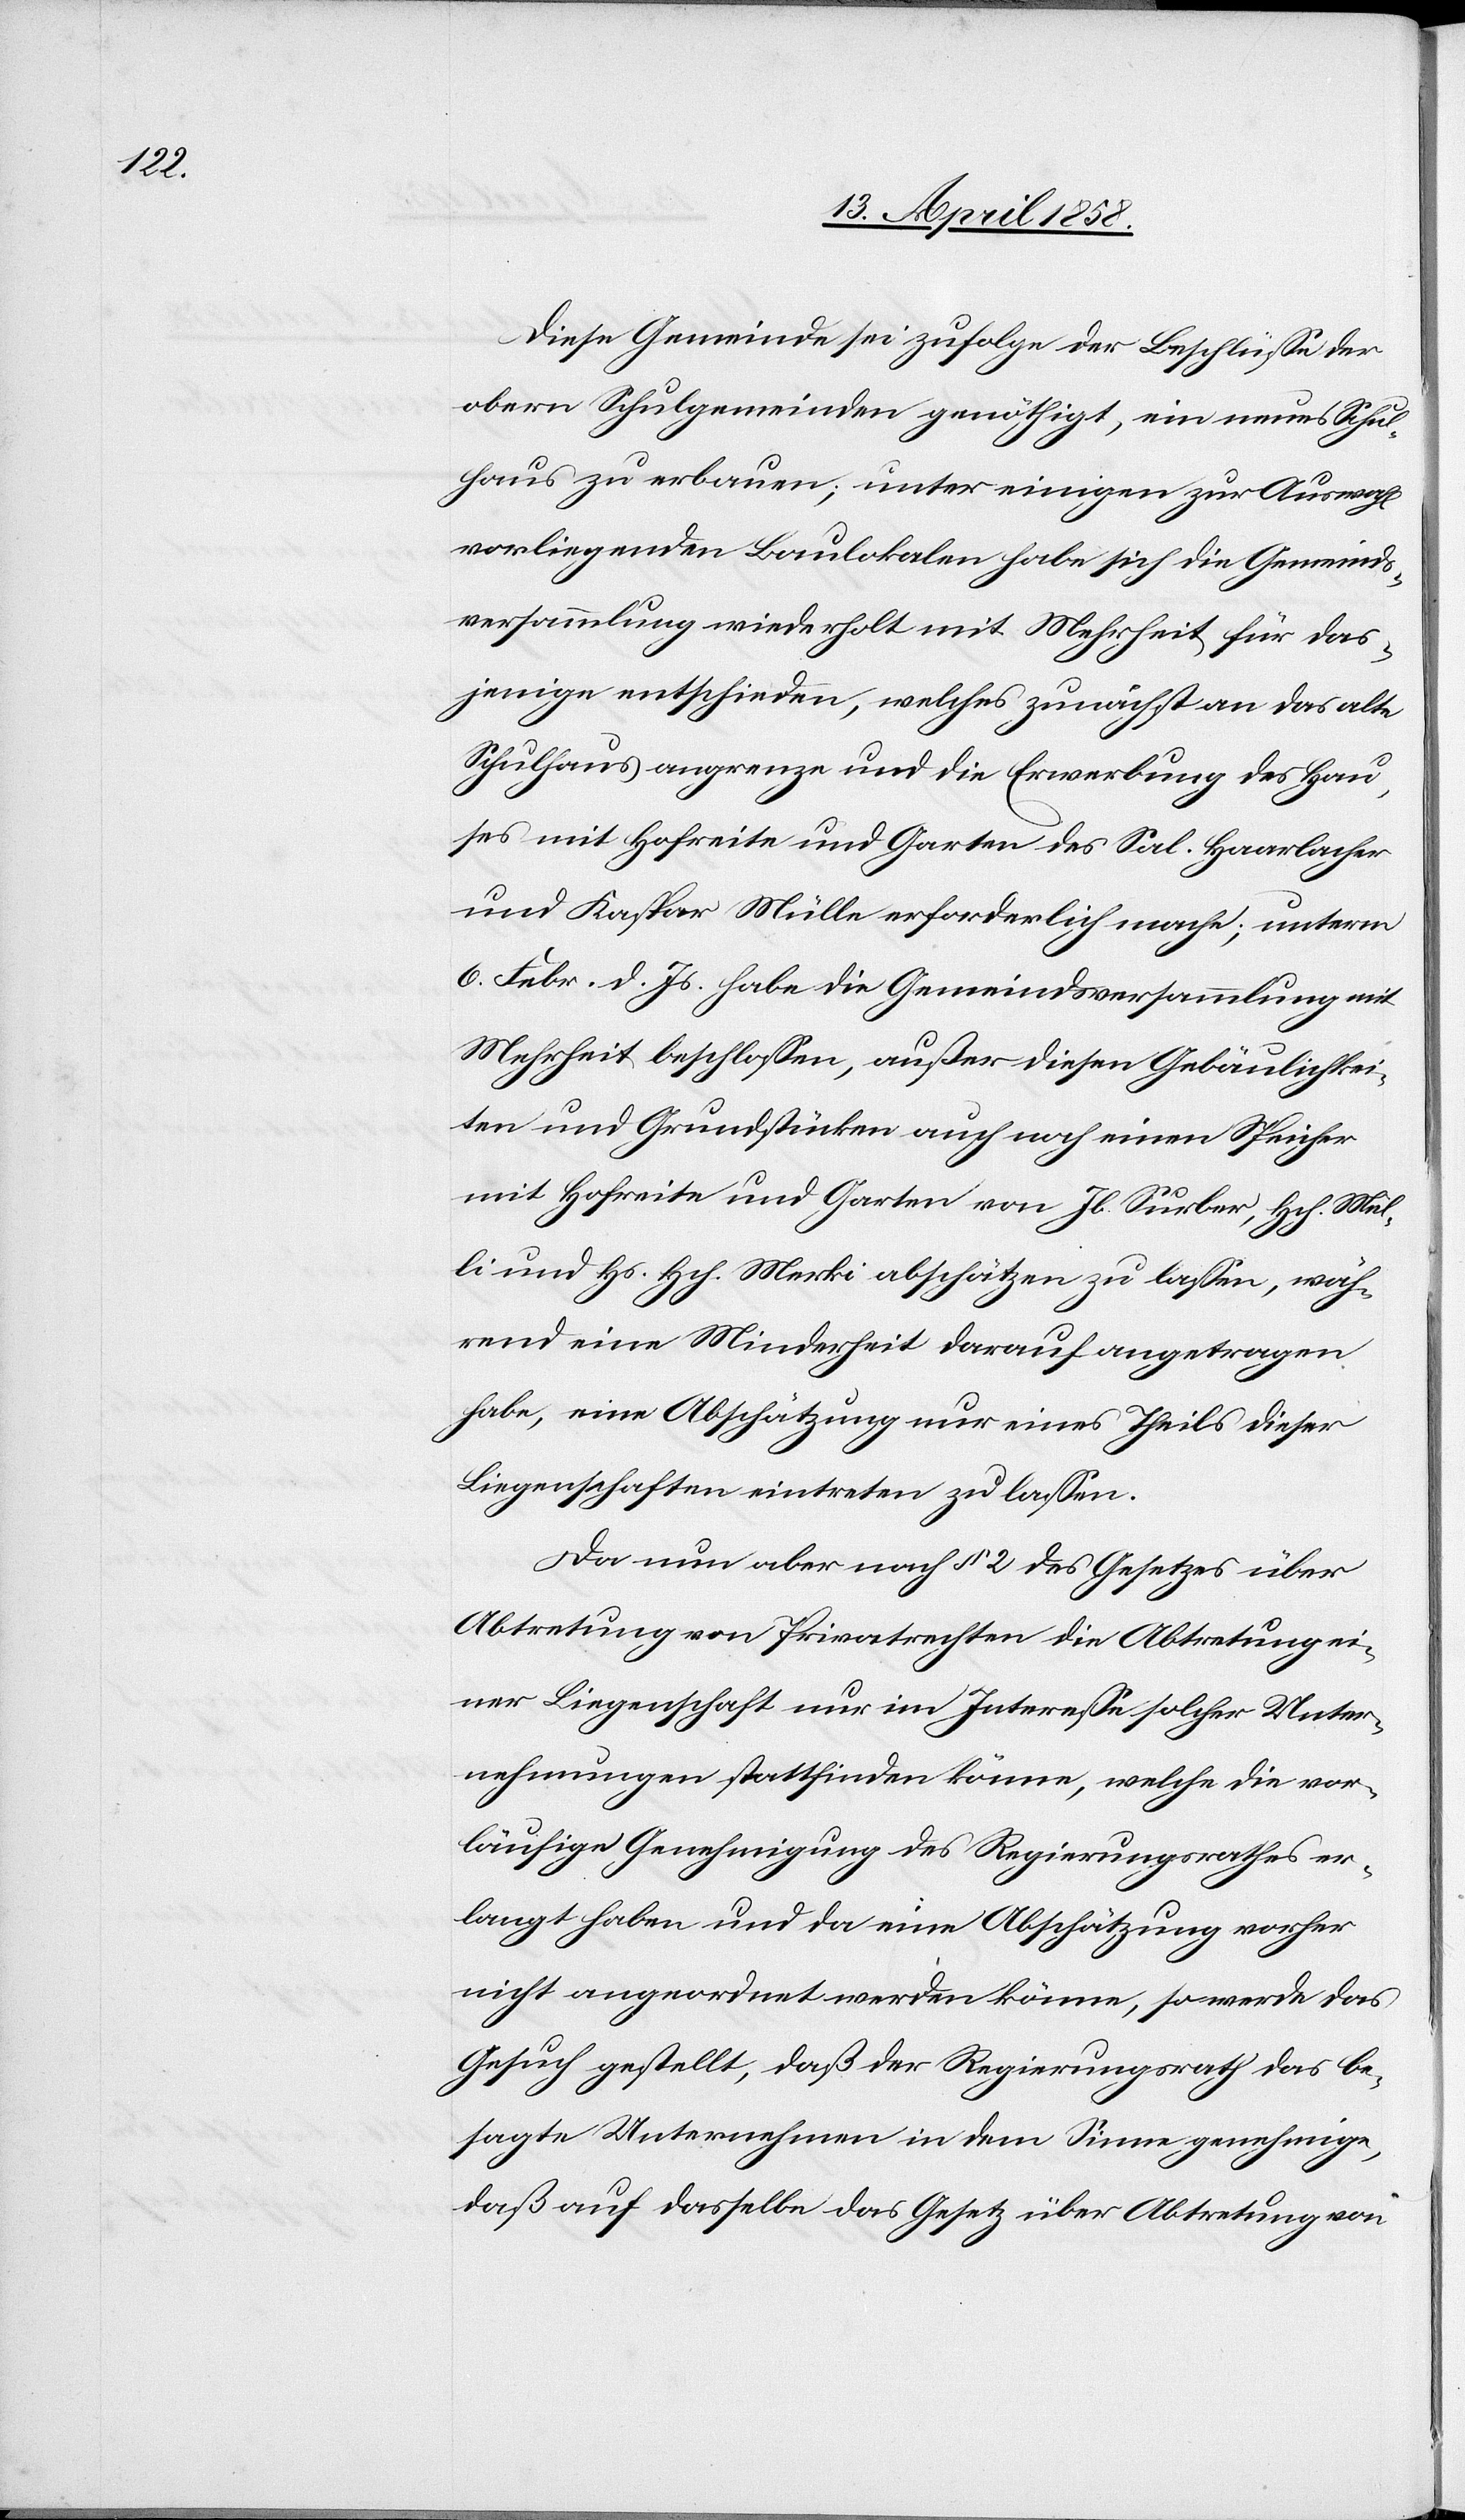
Diese Gemeinde sei zufolge der Beschlüsse der
obern Schulgemeinden genöthigt, ein neues Schul¬
haus zu erbauen; unter einigen zur Auswahl
vorliegenden Baulokalen habe sich die Gemeinds¬
versammlung wiederholt mit Mehrheit für das¬
jenige entschieden, welches zunächst an das alte
Schulhaus angrenze und die Erwerbung des Hau¬
ses mit Hofreite und Garten des Sal. Haarlacher
und Kaspar Mülle erforderlich mache; unterm
6. Febr. d. Js. habe die Gemeindsversammlung mit
Mehrheit beschlossen, außer diesen Gebäulichkei¬
ten und Grundstücken auch noch einen Speicher
mit Hofreite und Garten von Jb. Surber, Hch. Mül¬
li u. Hs. Hch. Merki abschätzen zu lassen, wäh¬
rend eine Minderheit darauf angetragen
habe, eine Abschätzung nur eines Theils dieser
Liegenschaften eintreten zu lassen.
Da nun aber noch § 2 des Gesetzes über
Abtretung von Privatrechten die Abtretung ei¬
ner Liegenschaft nur im Interesse solcher Unter¬
nehmungen stattfinden könne, welche die vor¬
läufige Genehmigung des Regierungsrathes er¬
langt haben und da eine Abschätzung vorher
nicht angeordnet werden könne, so werde das
Gesuch gestellt, daß der Regierungsrath das be¬
sagte Unternehmen in dem Sinne genehmige,
daß auf dasselbe das Gesetz über Abtretung von